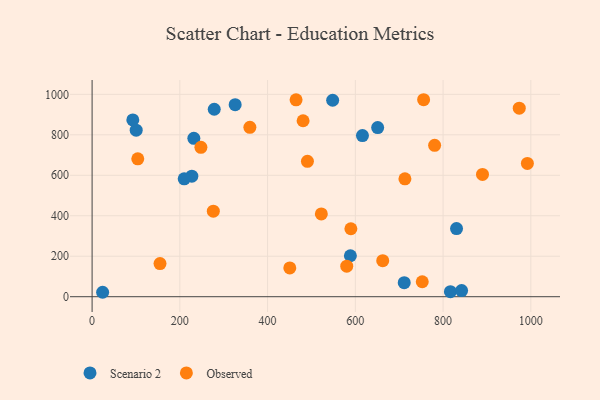
{"axis": {"x": "Study Hours", "y": "Salary"}, "legend": ["Observed", "Scenario 2"], "data": [{"x": "616.2", "y": 796.3, "type": "Scenario 2"}, {"x": "711.4", "y": 69.4, "type": "Scenario 2"}, {"x": "816.7", "y": 25.1, "type": "Scenario 2"}, {"x": "650.9", "y": 835.7, "type": "Scenario 2"}, {"x": "231.9", "y": 782.9, "type": "Scenario 2"}, {"x": "830.6", "y": 336.5, "type": "Scenario 2"}, {"x": "227.3", "y": 595.6, "type": "Scenario 2"}, {"x": "278.4", "y": 926.4, "type": "Scenario 2"}, {"x": "100.5", "y": 823.0, "type": "Scenario 2"}, {"x": "209.9", "y": 582.3, "type": "Scenario 2"}, {"x": "326.1", "y": 949.1, "type": "Scenario 2"}, {"x": "92.8", "y": 873.4, "type": "Scenario 2"}, {"x": "588.7", "y": 202.4, "type": "Scenario 2"}, {"x": "24.0", "y": 21.9, "type": "Scenario 2"}, {"x": "842.2", "y": 30.3, "type": "Scenario 2"}, {"x": "548.3", "y": 970.7, "type": "Scenario 2"}, {"x": "522.5", "y": 409.3, "type": "Observed"}, {"x": "780.7", "y": 748.3, "type": "Observed"}, {"x": "992.1", "y": 658.6, "type": "Observed"}, {"x": "580.4", "y": 150.7, "type": "Observed"}, {"x": "359.6", "y": 837.0, "type": "Observed"}, {"x": "154.8", "y": 163.5, "type": "Observed"}, {"x": "755.6", "y": 973.4, "type": "Observed"}, {"x": "713.0", "y": 582.6, "type": "Observed"}, {"x": "490.8", "y": 668.9, "type": "Observed"}, {"x": "104.1", "y": 681.2, "type": "Observed"}, {"x": "450.6", "y": 142.1, "type": "Observed"}, {"x": "889.8", "y": 604.5, "type": "Observed"}, {"x": "276.3", "y": 422.8, "type": "Observed"}, {"x": "662.4", "y": 177.9, "type": "Observed"}, {"x": "480.9", "y": 869.4, "type": "Observed"}, {"x": "248.0", "y": 738.1, "type": "Observed"}, {"x": "464.9", "y": 972.7, "type": "Observed"}, {"x": "752.5", "y": 73.8, "type": "Observed"}, {"x": "589.8", "y": 335.9, "type": "Observed"}, {"x": "973.6", "y": 931.4, "type": "Observed"}]}